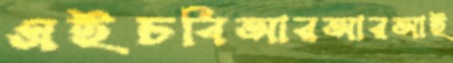
এইচবিআরআরআই